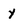
Character: y